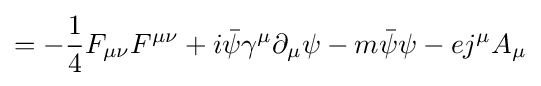
=-{\frac {1}{4}}F_{\mu \nu }F^{\mu \nu }+i{\bar {\psi }}\gamma ^{\mu }\partial _{\mu }\psi -m{\bar {\psi }}\psi -ej^{\mu }A_{\mu }